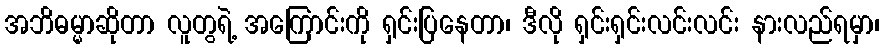
အဘိဓမ္မာဆိုတာ လူတွရဲ့ အကြောင်းကို ရှင်းပြနေတာ၊ ဒီလို ရှင်းရှင်းလင်းလင်း နားလည်ရမှာ၊